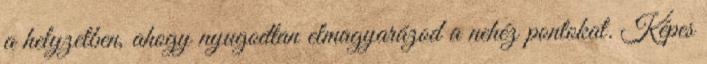
a helyzetben, ahogy nyugodtan elmagyarázod a nehéz pontokat. Képes